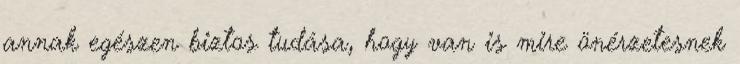
annak egészen biztos tudása, hogy van is mire önérzetesnek